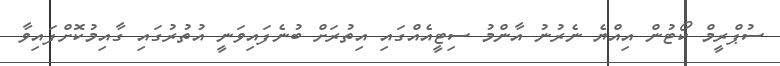
ސުޕްރީމް ކޯޓުން އިއްޔެ ނެރުނު އާންމު ސިޓީއެއްގައި އިތުރަށް ބުނެފައިވަނީ އުތުރުގައި ގާއިމުކޮށްފައިވާ